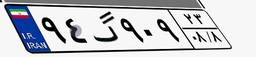
۹۴گ۹۰۹۲۳